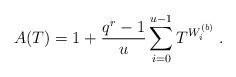
LaTeX: \begin{align*}A(T)=1+\frac{q^r-1}{u}\sum_{i=0}^{u-1}T^{W_i^{(b)}}\;.\end{align*}